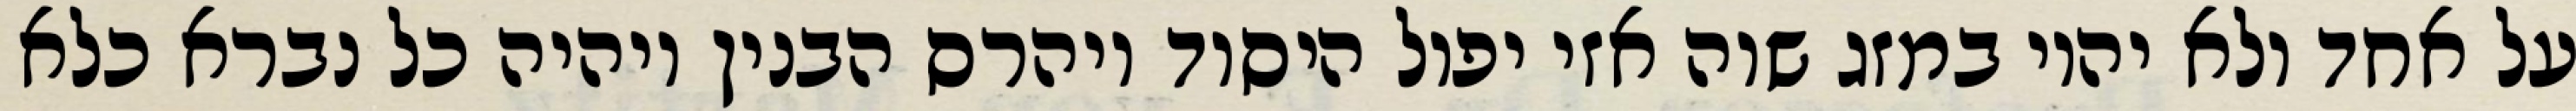
על אחד ולא יהיו במזג שוה אזי יפול היסוד ויהרס הבנין ויהיה כל נברא כלא